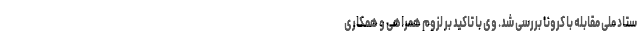
ستاد ملی مقابله با کرونا بررسی شد. وی با تاکید بر لزوم همراهی و همکاری